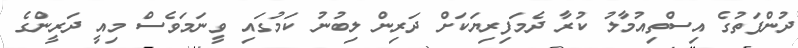
ދުންފަތުގެ އިސްތިއުމާލު ކުރާ ދެމަފިރިޔަކަށް ދަރިން ލިބުނު ކަމުގައި ވީނަމަވެސް މިއީ ދަރީންގެ